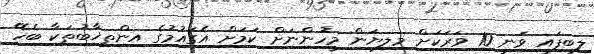
ލިބިފައި ވަނީ 10 ވަރަކަށް މިލިޔަން މީހުންނަށް ކަމަށް އެގައުމުގެ އިންތިޚާބުތަކާ ބެހޭ